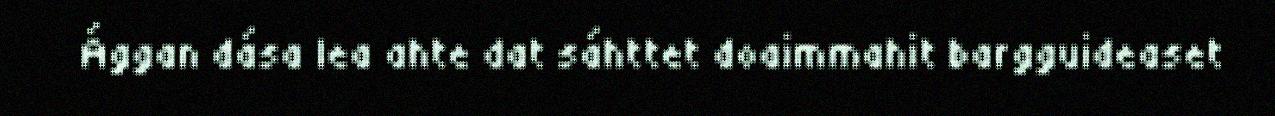
Ággan dása lea ahte dat sáhttet doaimmahit bargguideaset